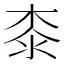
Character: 桼